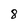
Character: 8